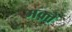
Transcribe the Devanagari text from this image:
मक़्ते